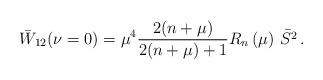
LaTeX: \begin{align*}\bar{W}_{12}(\nu =0)=\mu ^{4}\frac{2(n+\mu )}{2(n+\mu )+1}R_{n}\left( \mu\right) \,\bar{S^{2}}\,. \end{align*}